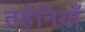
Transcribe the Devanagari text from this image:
तहेनियाँ